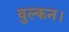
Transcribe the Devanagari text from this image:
वुल्कन।